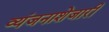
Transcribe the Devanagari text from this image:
व्यंजनाशेजारी